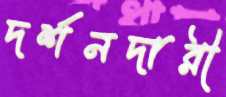
দর্শনদারী